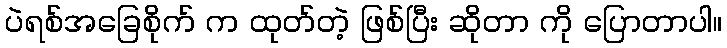
ပဲရစ်အခြေစိုက် က ထုတ်တဲ့ ဖြစ်ပြီး ဆိုတာ ကို ပြောတာပါ။